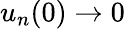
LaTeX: u_{n}(0)\to 0